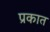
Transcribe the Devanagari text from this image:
प्रकात